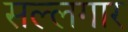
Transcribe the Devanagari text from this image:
सल्लगार